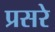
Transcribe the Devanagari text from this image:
प्रसरे